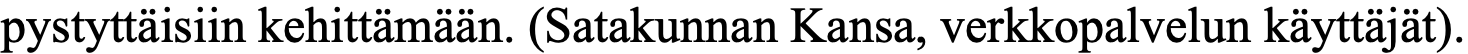
pystyttäisiin kehittämään. (Satakunnan Kansa, verkkopalvelun käyttäjät).